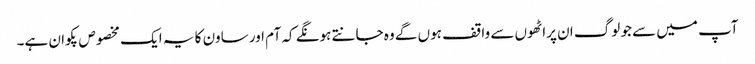
آپ میں سے جو لوگ ان پراٹھوں سے واقف ہوں گے وہ جانتے ہونگے کہ آم اور ساون کا یہ ایک مخصوص پکوان ہے۔